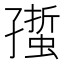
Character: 𧏄